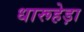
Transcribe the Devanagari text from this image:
धारूहेड़ा